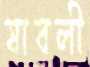
যাবলী